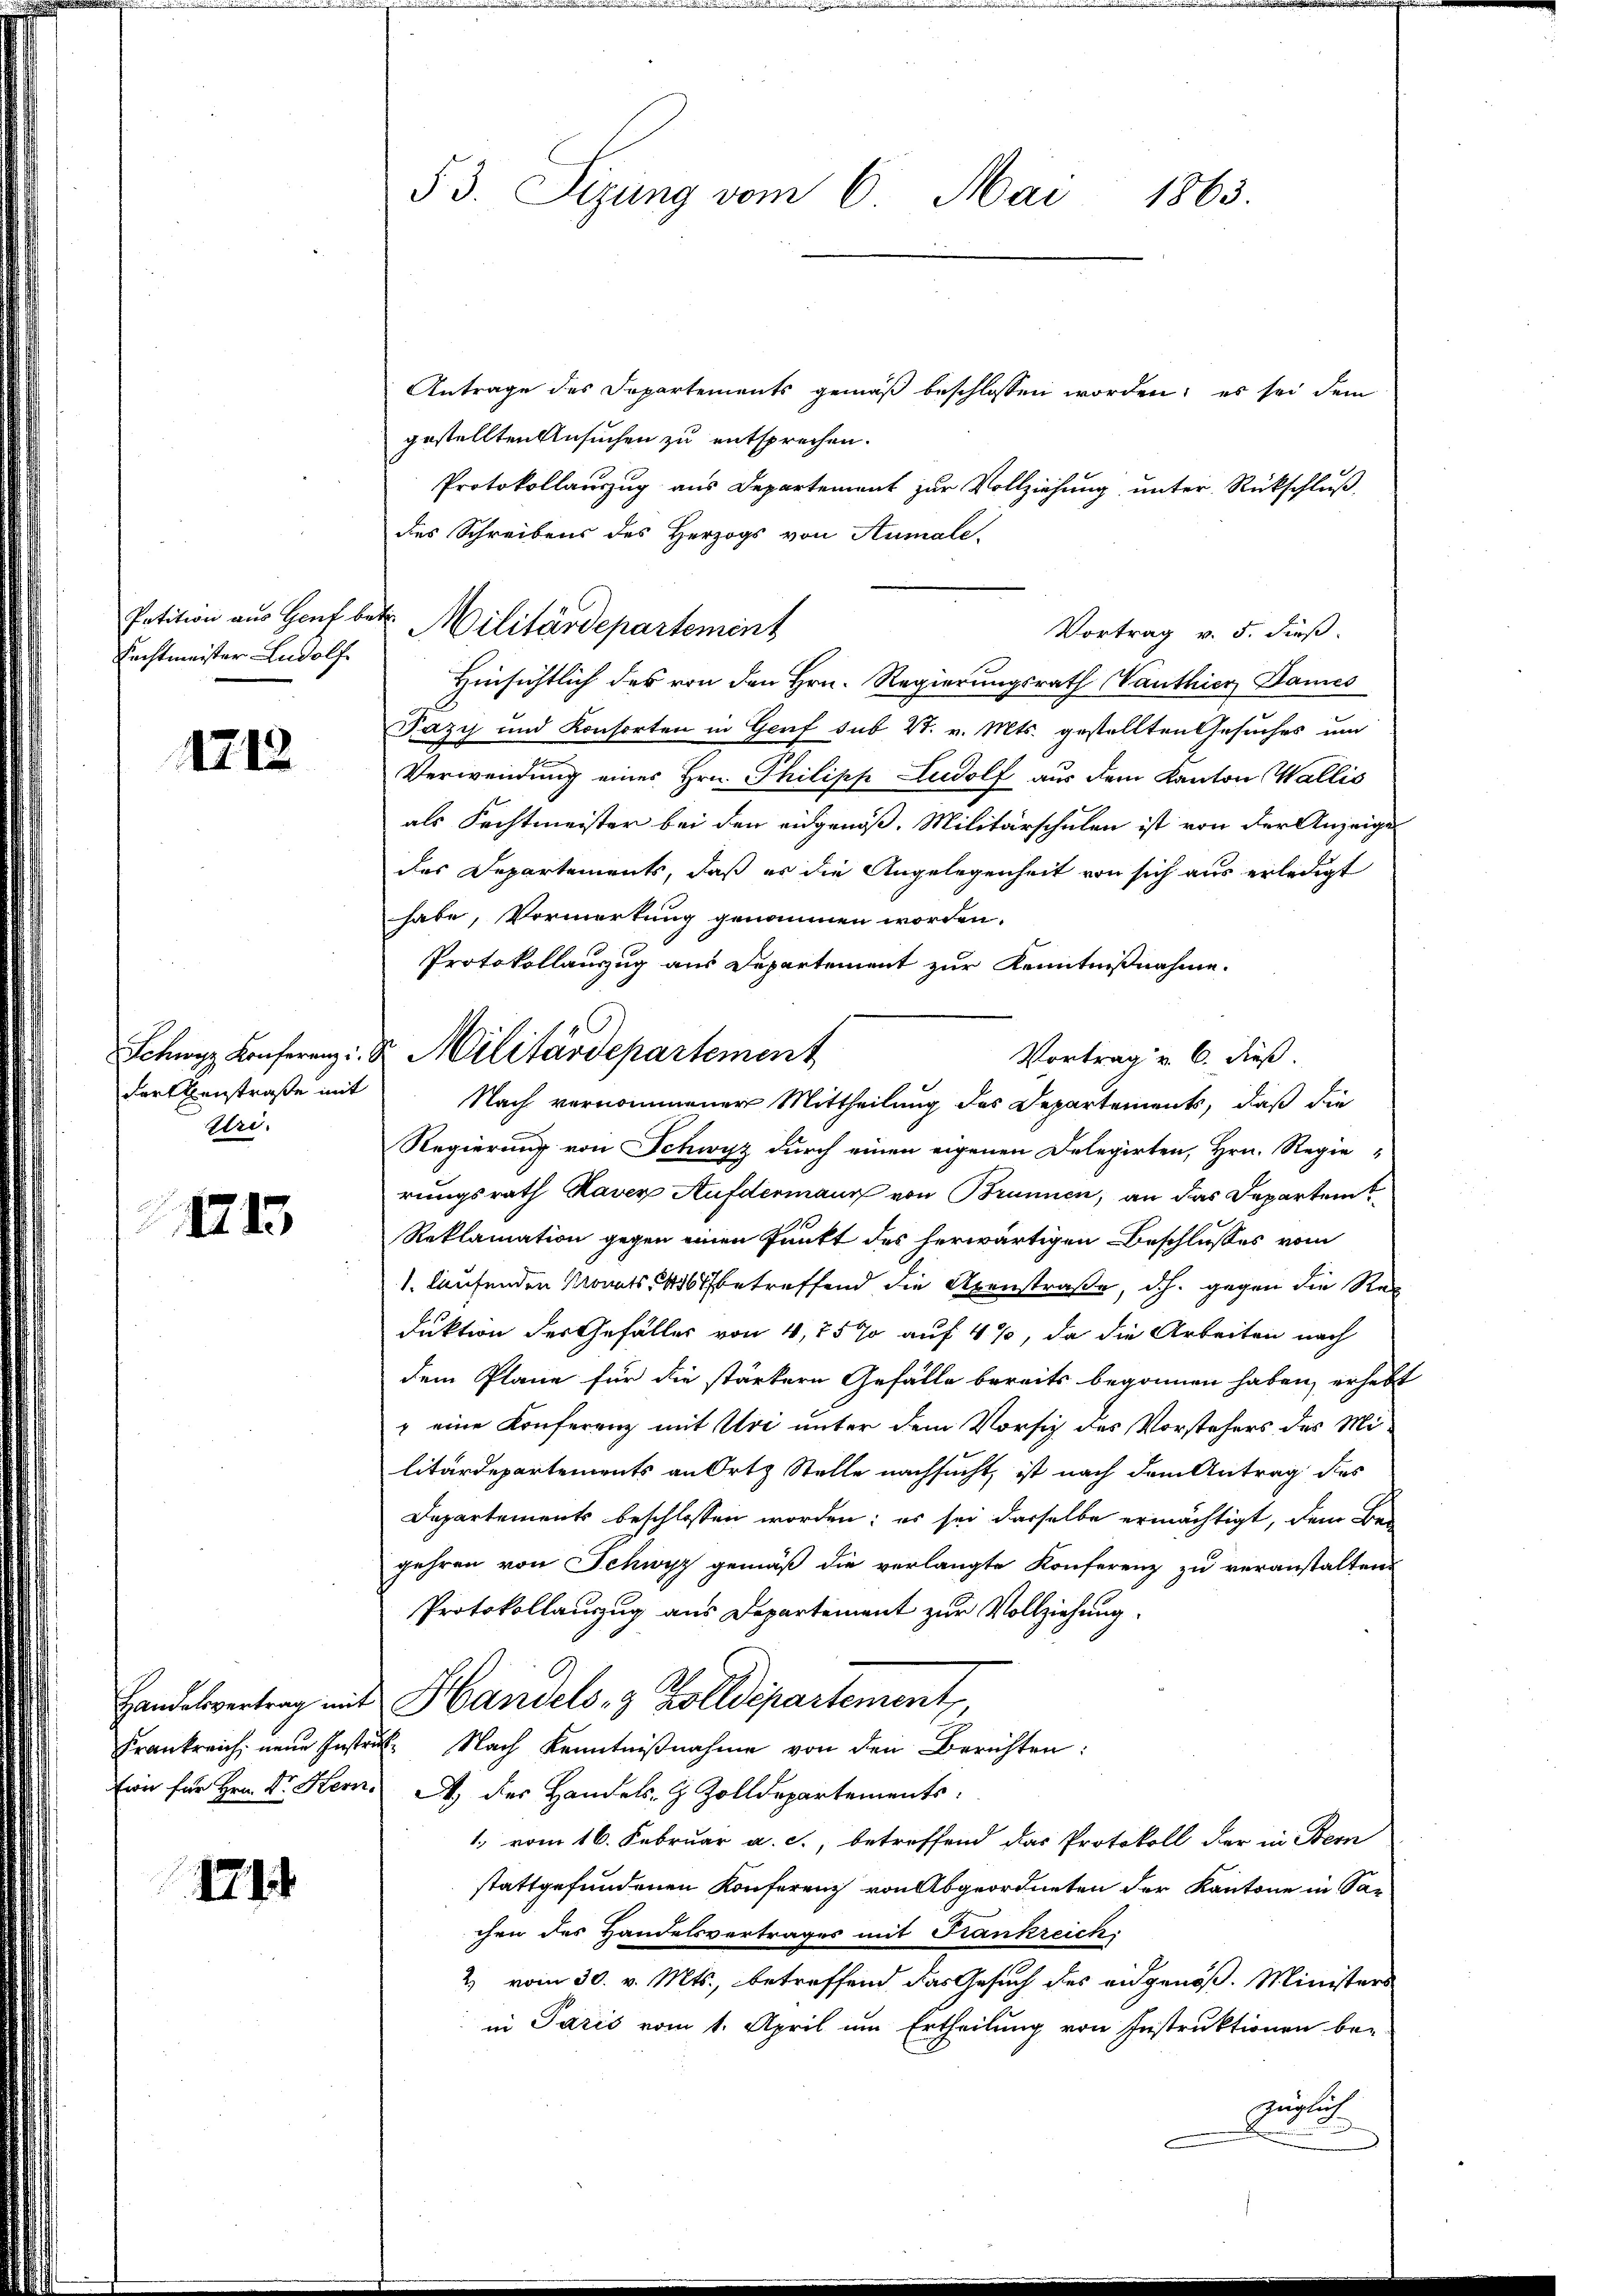
Petition aus Genf be¬
Rechtmeister Ludolf

1712

Schwyz Konferenz
Forellenstraße mit
Eri.

1713

Handelsvertrag mit
Ewir für Hrn. Dr. Hern.

1714

53. Sizung vom 6. Mai 1863.

Antrage des Departements gemäß beschlossen worden; es sei dem
gestellten Ansuchen zu entsprechen.
Protokollauszug aus Departement zur Vollziehung unter Rückschluß
des Schreibens des Herzogs von Aumale.
 Militärdepartement
Vortrag v. 5. dieß.
Hinsichtlich des von den Hrn. Regierungsrath Wanthier Dames
Fazy und Konsorten in Genf sub 27. v. Mts. gestellten Gesuches um
Verwendung eines Hrn. Philipp Ludolf aus dem Kanton Wallis
als Fechtmeister bei den eidgenöß. Militärschulen ist von der Anzeige
des Departements, daß es die Angelegenheit von sich aus erledigt
habe, Vormerkung genommen worden.
Protokollauszug aus Departement zur Kenntnißnahme.
Vortrag u. 6. dieß.
Nach vernommener Mittheilung des Departements, daß die
Regierung von Schwyz durch einen eigenen Delegirten, Hrn. Regie-
rungsrath Haver Aufdermann von Brunnen, an das Departem
Reklamation gegen einen Punkt des herwärtigen Beschlusses vom
1. laufenden Monats 146 betreffend die Axenstraße, d.h. gegen die Reduktion des Gefälles von 4,25% auf 4%, da die Arbeiten nach
dem Plane für die stärkern Gefälle bereits begonnen haben, erhebt
" eine Konferenz mit Uri unter dem Vorsich des Vorstehers des Militärdepartements an Orts Stelle nachsucht, ist nach dem Antrag des
Departements beschlossen worden; es sei dasselbe ermächtigt, dem Be-
gehren von Schwyz gemäß die verlangte Konferenz zu veranstalten
Protokollauzug aus Departement zur Vollziehung.
Handels- & Zolldepartement,
Frankreich neue Instrukt Nach Kenntniβnahme von den Berichten:
A. des Handels- & Zolldepartements.
1. vom 16. Februar a. c., betreffend das Protokoll der in Bern
stattgefundenen Konferenz von Abgeordneten der Kantone in Sachen des Handelsvertrages mit Frankreich
2) vom 30. v. Mts., betreffend das Gesuch des eidgenöß. Ministers
in Paris vom 1. April um Ertheilung von Instruktionen be-
züglich

v. Militärdepartement